Civil Veterinary Department. Madras. Admin. report 1926-33 - 1926-1933
Year: 1926
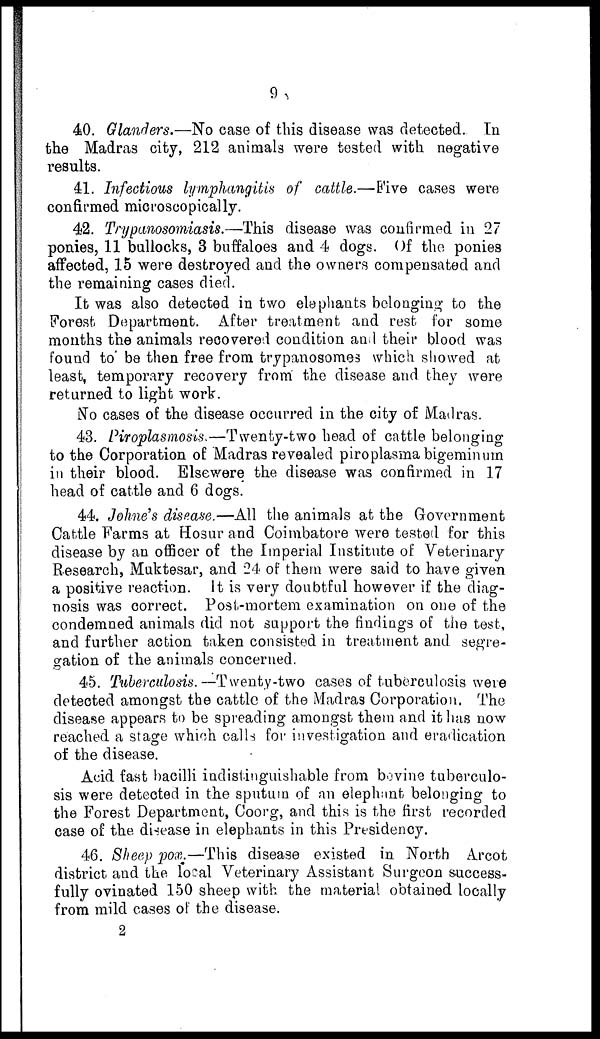
9
40. Glanders.—No case of this disease was detected. In
the Madras city, 212 animals were tested with negative
results.
41. Infectious lymphangitis of cattle.—Five cases were
confirmed microscopically.
42. Trypanosomiasis.—This disease was confirmed in 27
ponies, 11 bullocks, 3 buffaloes and 4 dogs. Of the ponies
affected, 15 were destroyed and the owners compensated and
the remaining cases died.
It was also detected in two elephants belonging to the
Forest Department. After treatment and rest for some
months the animals recovered condition and their blood was
found to be then free from trypanosomes which showed at
least, temporary recovery front the disease and they were
returned to light work.
No cases of the disease occurred in the city of Madras.
43. Piroplasmosis.—Twenty-two head of cattle belonging
to the Corporation of Madras revealed piroplasma bigeminum
in their blood. Elsewere the disease was confirmed in 17
head of cattle and 6 dogs.
44. Jehne's disease.—All the animals at the Government
Cattle Farms at Hosur and Coimbatore were tested for this
disease by an officer of the Imperial Institute of Veterinary
Research, Muktesar, and 24 of them were said to have given
a positive reaction. It is very doubtful however if the diag-
nosis was correct. Post-mortem examination on one of the
condemned animals did not support the findings of the test,
and further action taken consisted in treatment and segre-
gation of the animals concerned.
45. Tuberculosis.—Twenty-two cases of tuberculosis were
detected amongst the cattle of the Madras Corporation. The
disease appears to be spreading amongst them and it has now
reached a stage which calls for investigation and eradication
of the disease.
Acid fast bacilli indistinguishable from bovine tuberculo-
sis were detected in the sputum of an elephant belonging to
the Forest Department, Coorg, and this is the first recorded
case of the disease in elephants in this Presidency.
46. Sheep poæ.—This disease existed in Forth Arcot
district and the local Veterinary Assistant Surgeon success-
fully ovinated 150 sheep with the material obtained locally
from mild cases of the disease.
2